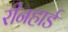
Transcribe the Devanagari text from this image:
रीनहार्ड